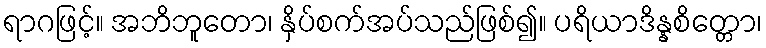
ရာဂဖြင့်။ အဘိဘူတော၊ နှိပ်စက်အပ်သည်ဖြစ်၍။ ပရိယာဒိန္နစိတ္တော၊